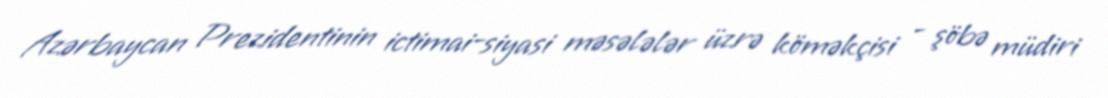
Azərbaycan Prezidentinin ictimai-siyasi məsələlər üzrə köməkçisi - şöbə müdiri